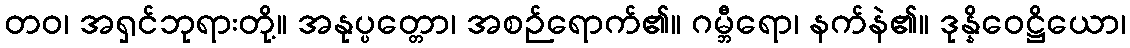
တဝ၊ အရှင်ဘုရားတို့။ အနုပ္ပတ္တော၊ အစဉ်ရောက်၏။ ဂမ္ဘီရော၊ နက်နဲ၏။ ဒုန္နိဝေဋ္ဌိယော၊